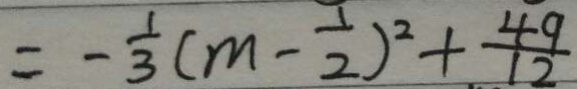
= - \frac { 1 } { 3 } ( m - \frac { 1 } { 2 } ) ^ { 2 } + \frac { 4 9 } { 1 2 }